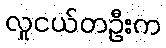
လူငယ်တဦးက